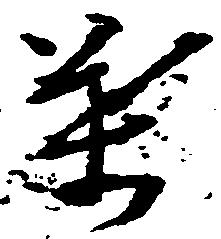
葉